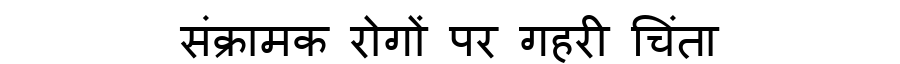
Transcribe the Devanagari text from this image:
संक्रामक रोगों पर गहरी चिंता